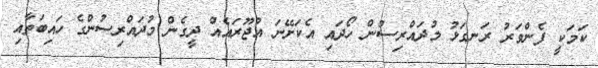
ކަމަކީ ފެންވަރު ރަނގަޅު މުދައްރިސުން ހޯދައި އެކަށޭނަ އުޖޫރައެއް ދީގެން މުދައްރިސުންގެ ހައިބަތާއި